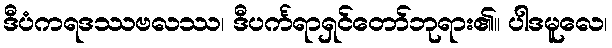
ဒီပံကရဒဿဗလဿ၊ ဒီပင်္ကရာရှင်တော်ဘုရား၏။ ပါဒမူလေ၊